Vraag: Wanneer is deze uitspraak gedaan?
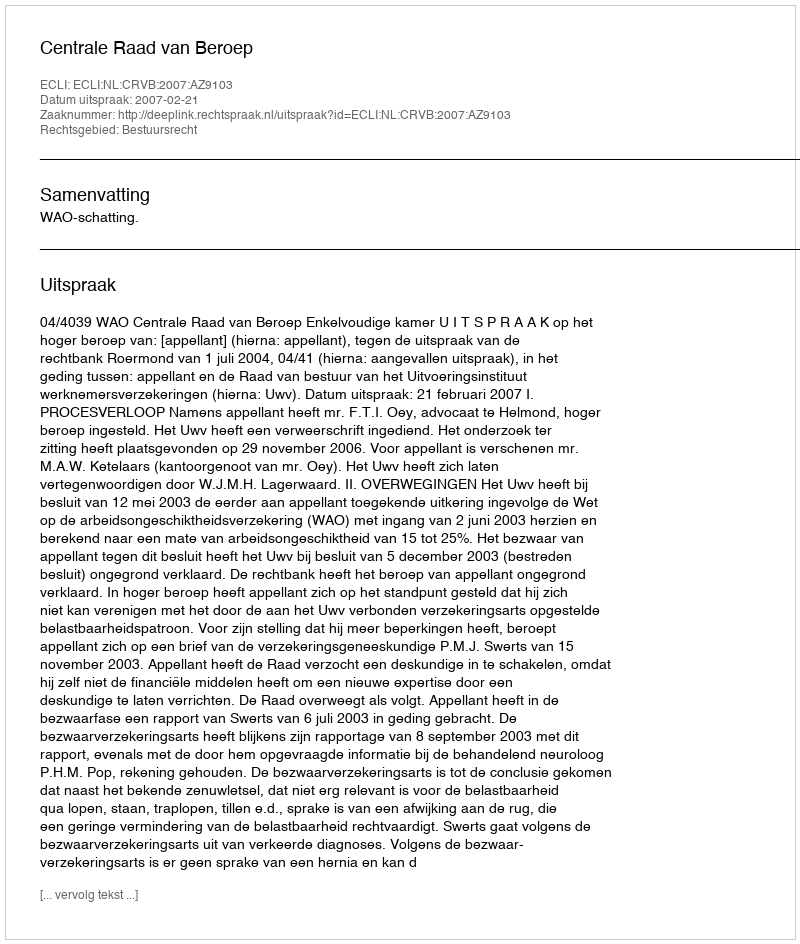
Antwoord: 2007-02-21